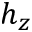
h _ { z }